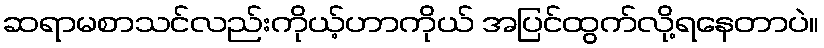
ဆရာမစာသင်လည်းကိုယ့်ဟာကိုယ် အပြင်ထွက်လို့ရနေတာပဲ။